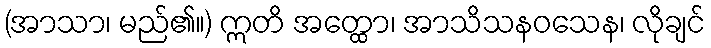
(အာသာ၊ မည်၏။) ဣတိ အတ္ထော၊ အာသိသနဝသေန၊ လိုချင်